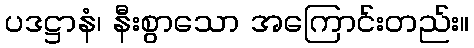
ပဒဋ္ဌာနံ၊ နီးစွာသော အကြောင်းတည်း။